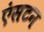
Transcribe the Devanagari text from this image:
एंसटन